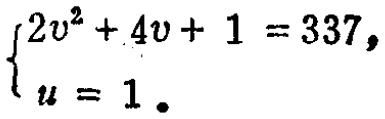
$\begin{cases}2v^{2}+4v + 1 = 337,\\u = 1.\end{cases}$